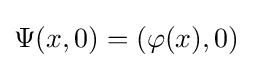
\Psi (x,0)=(\varphi (x),0)